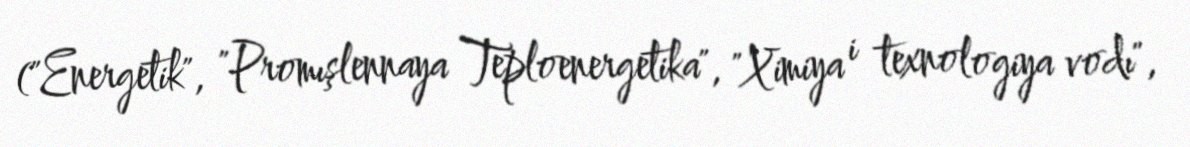
("Energetik", "Promışlennaya Teploenergetika", "Ximiya i texnologiya vodı",